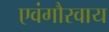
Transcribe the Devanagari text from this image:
एवंगौरवाय